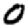
Digit: 0